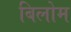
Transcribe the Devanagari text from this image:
बिलोम